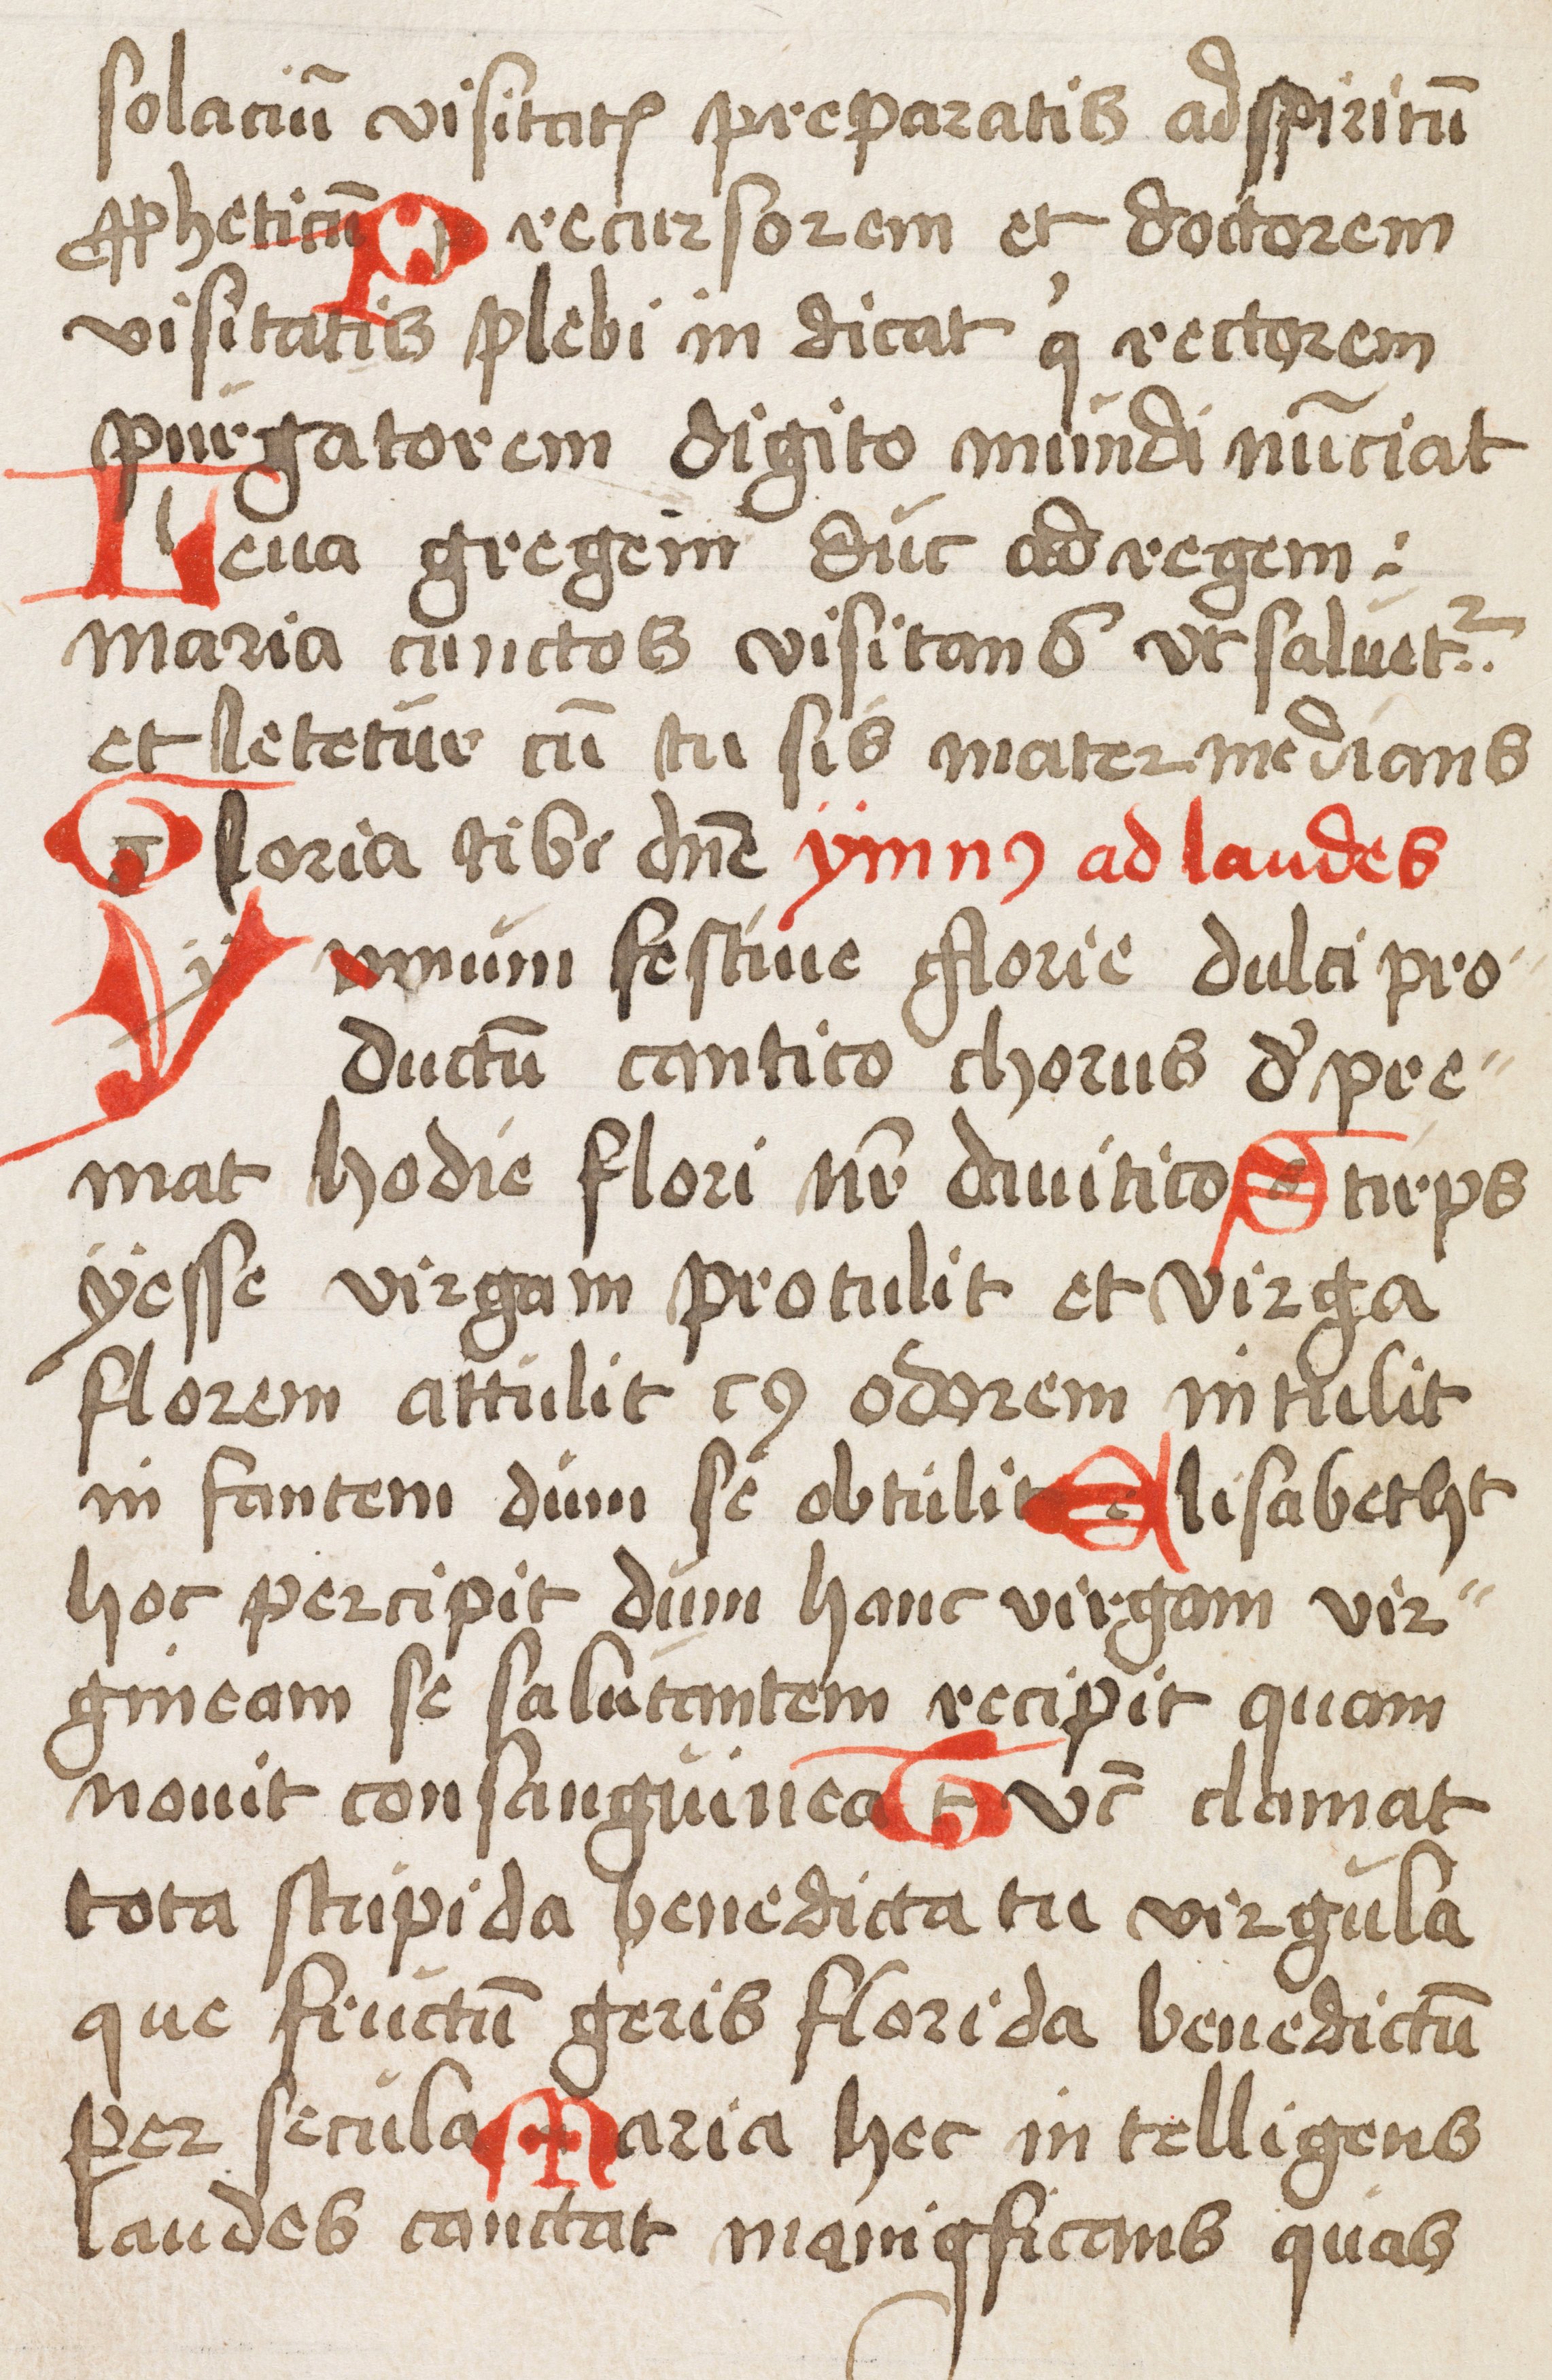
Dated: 1500–1524